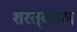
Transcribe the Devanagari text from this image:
शरत्‌काल